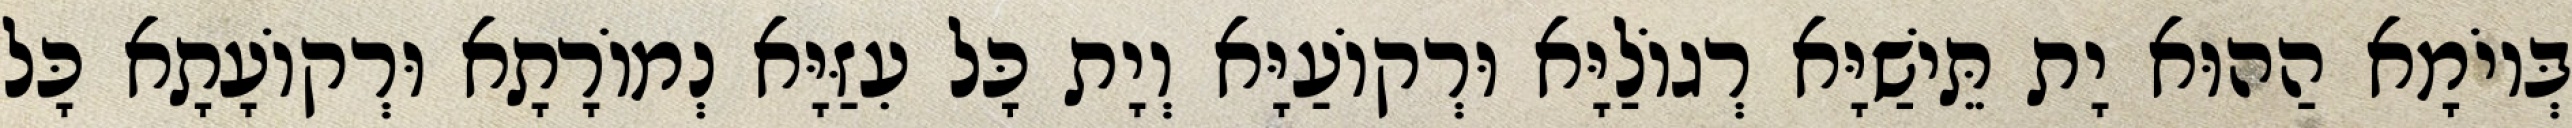
בְּיוֹמָא הַהוּא יָת תֵּישַׁיָּא רְגוֹלַיָּא וּרְקוֹעַיָּא וְיָת כָּל עִזַּיָּא נְמוֹרָתָא וּרְקוֹעָתָא כָּל